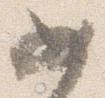
如